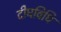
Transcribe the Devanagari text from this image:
दीघविधि